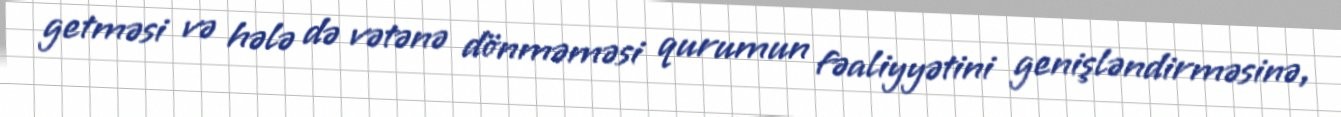
getməsi və hələ də vətənə dönməməsi qurumun fəaliyyətini genişləndirməsinə,